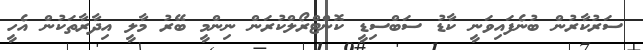
ސަރުކާރުން ބުނެފައިވަނީ ކާޑު ސަބްސިޑީ ކޮންޓްރޯލްކުރަން ނިންމީ ބޭރު މާލީ އިދާރާތަކުން އެހީ